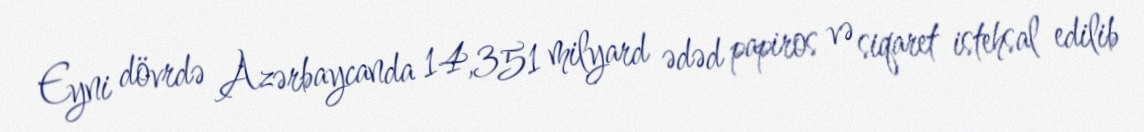
Eyni dövrdə Azərbaycanda 14,351 milyard ədəd papiros və siqaret istehsal edilib